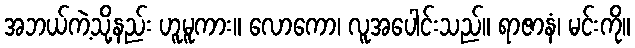
အဘယ်ကဲ့သို့နည်း ဟူမူကား။ လောကော၊ လူအပေါင်းသည်။ ရာဇာနံ၊ မင်းကို။